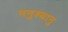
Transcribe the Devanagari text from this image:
मनुश्‍यानु